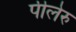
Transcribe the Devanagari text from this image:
पीलेरु